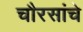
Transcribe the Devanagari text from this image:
चौरसांचे